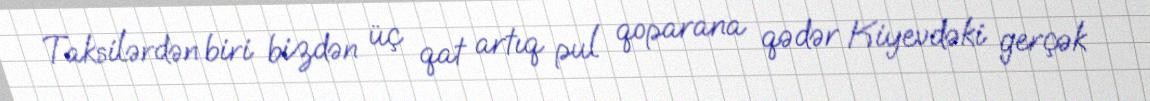
Taksilərdən biri bizdən üç qat artıq pul qoparana qədər Kiyevdəki gerçək